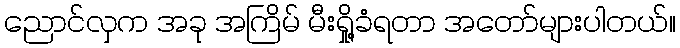
ညောင်လှက အခု အကြိမ် မီးရှို့ခံရတာ အတော်များပါတယ်။